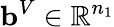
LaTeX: \mathbf{b}^{V}\in\mathbb{R}^{n_{1}}